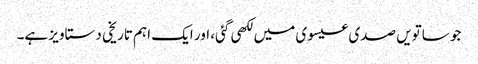
جو ساتویں صدی عیسوی میں لکھی گئی، اور ایک اہم تاریخی دستاویز ہے۔